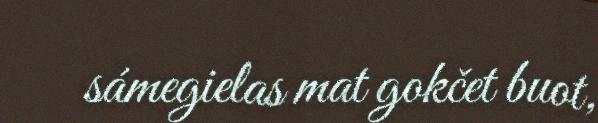
sámegielas mat gokčet buot,